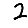
Digit: 2